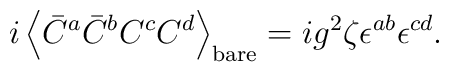
i\left<\bar C^a\bar C^bC^cC^d\right>_{\rm bare}  =ig^2\zeta\epsilon^{ab}\epsilon^{cd}.